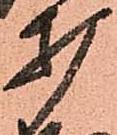
打